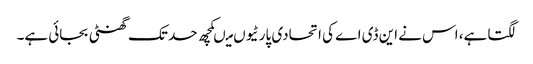
لگتا ہے، اس نے این ڈی اے کی اتحادی پارٹیوں میںکچھ حد تک گھنٹی بجائی ہے۔